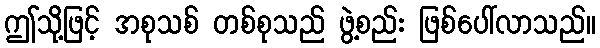
ဤသို့ဖြင့် အစုသစ် တစ်စုသည် ဖွဲ့စည်း ဖြစ်ပေါ်လာသည်။